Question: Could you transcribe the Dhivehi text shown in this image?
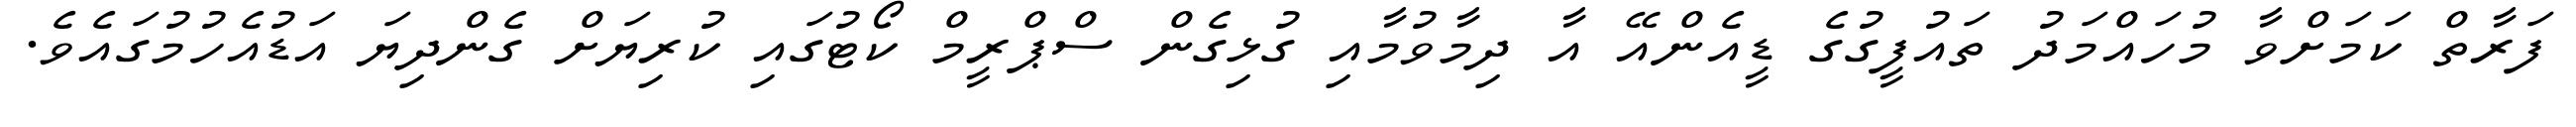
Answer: ފަރާތް ކަމަށްވާ މުހައްމަދު ތައުފީގުގެ ޑީއެންއޭ އާ ދިމާވުމާއި ގުޅިގެން ސްޕްރީމް ކޯޓުގައި ކުރިޔަށް ގެންދިޔަ އަޑުއެހުމުގައެވެ.